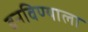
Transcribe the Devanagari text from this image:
बनविण्याला